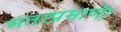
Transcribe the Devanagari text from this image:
मताप्रमाणाॆ